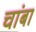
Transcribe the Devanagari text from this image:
चांबा